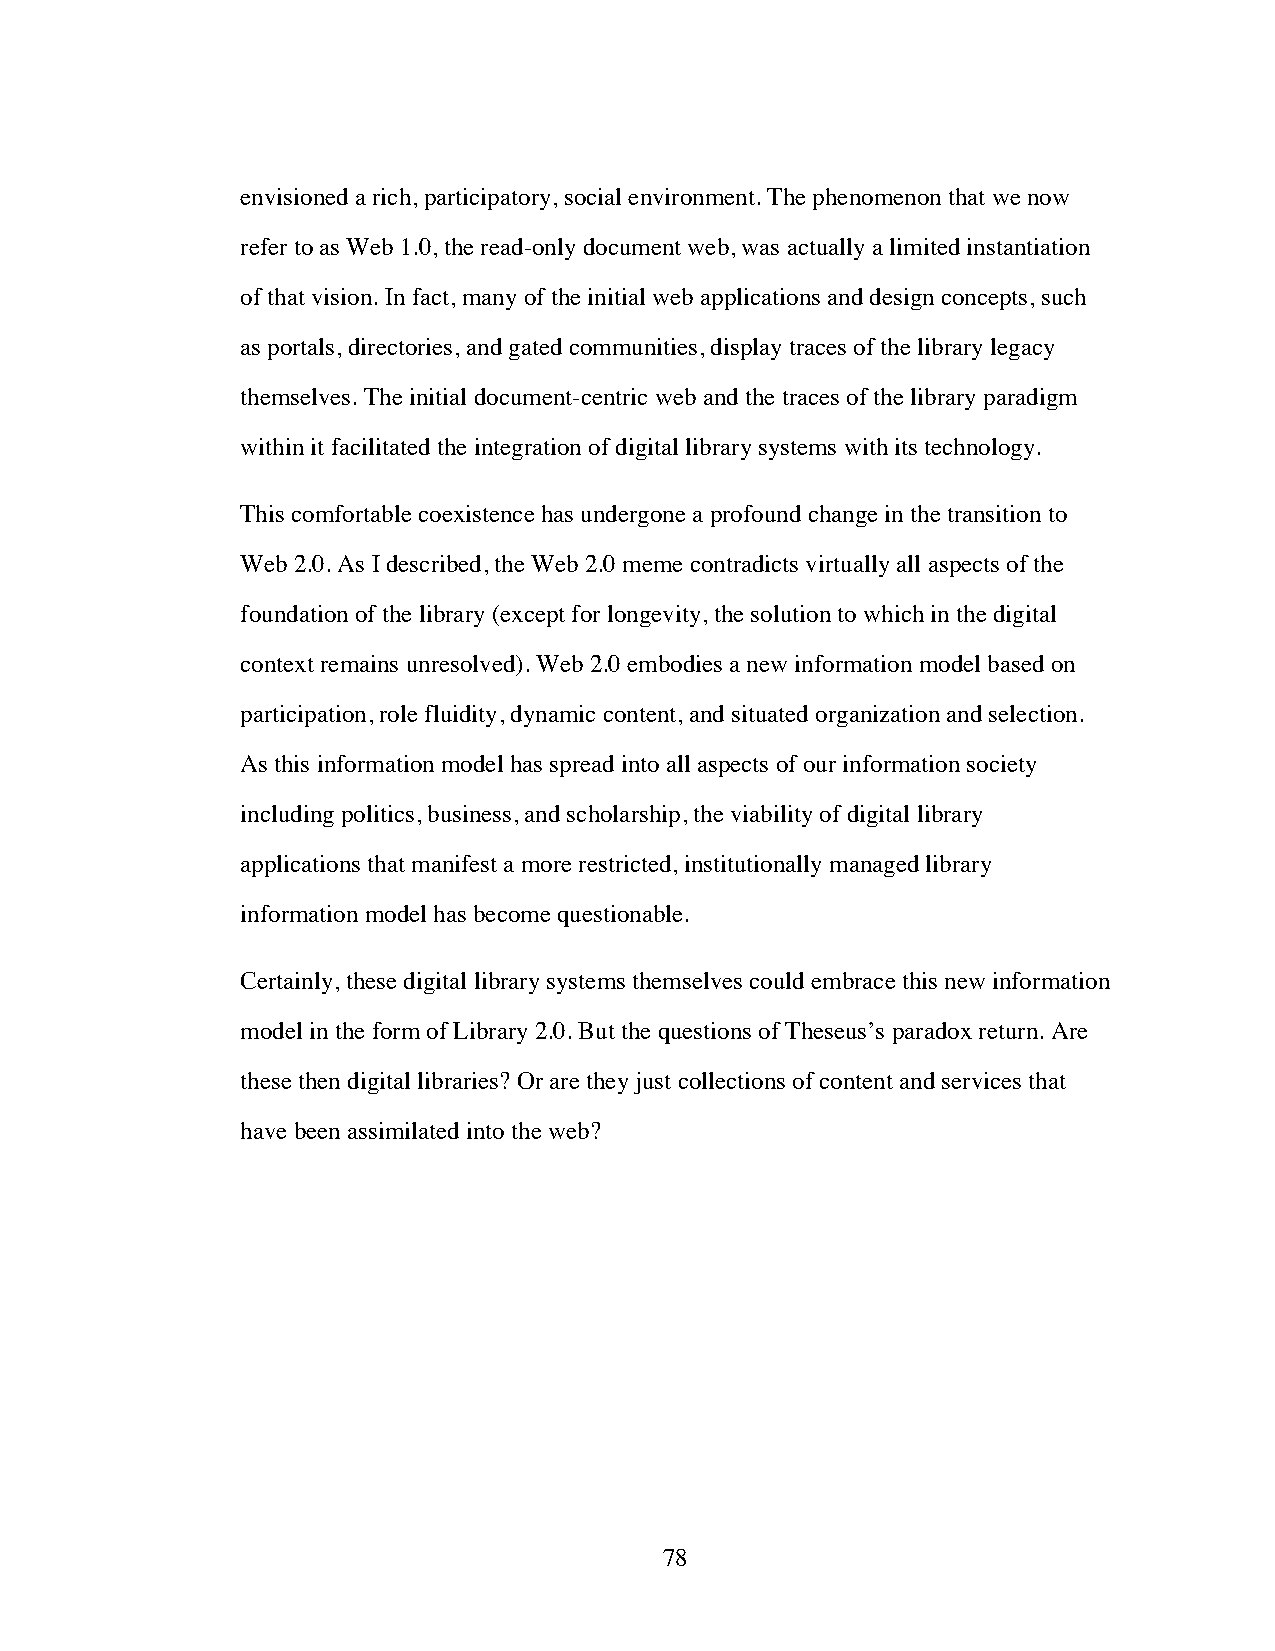
envisioned a rich, participatory, social environment. The phenomenon that we now
 refer to as Web 1.0, the read-only document web, was actually a limited instantiation
 of that vision. In fact, many of the initial web applications and design concepts, such
 as portals, directories, and gated communities, display traces of the library legacy
 themselves. The initial document-centric web and the traces of the library paradigm
 within it facilitated the integration of digital library systems with its technology.
 This comfortable coexistence has undergone a profound change in the transition to
 Web 2.0. As I described, the Web 2.0 meme contradicts virtually all aspects of the
 foundation of the library (except for longevity, the solution to which in the digital
 context remains unresolved). Web 2.0 embodies a new information model based on
 participation, role fluidity, dynamic content, and situated organization and selection.
 As this information model has spread into all aspects of our information society
 including politics, business, and scholarship, the viability of digital library
 applications that manifest a more restricted, institutionally managed library
 information model has become questionable.
 Certainly, these digital library systems themselves could embrace this new information
 model in the form of Library 2.0. But the questions of Theseus’s paradox return. Are
 these then digital libraries? Or are they just collections of content and services that
 have been assimilated into the web?
 78